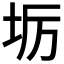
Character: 𭎅